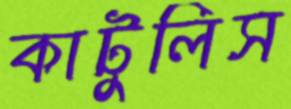
কাটুলিস